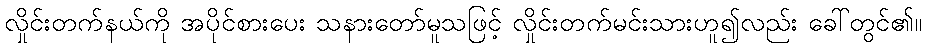
လှိုင်းတက်နယ်ကို အပိုင်စားပေး သနားတော်မူသဖြင့် လှိုင်းတက်မင်းသားဟူ၍လည်း ခေါ်တွင်၏။